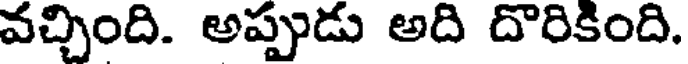
వచ్చింది. అప్పుడు అది దొరికింది.